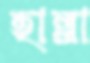
হাল্লা